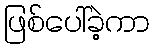
ဖြစ်ပေါ်ခဲ့ကာ